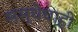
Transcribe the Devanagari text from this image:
संस्थेचाही